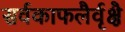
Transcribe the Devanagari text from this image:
सर्वकाफलैर्वृक्षै